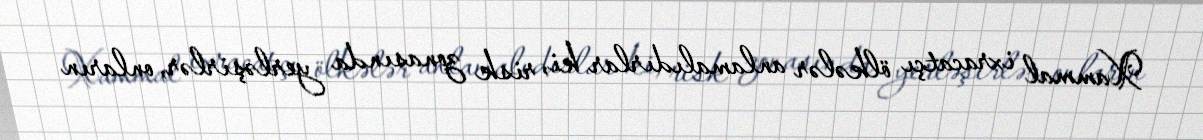
Xammal ixracatçı ölkələr anlamalıdırlar ki, risk zonasında yerləşirlər, onların